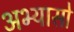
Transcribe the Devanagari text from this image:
अभ्यासो